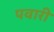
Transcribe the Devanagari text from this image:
पवारी